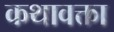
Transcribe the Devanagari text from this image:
कथावक्ता